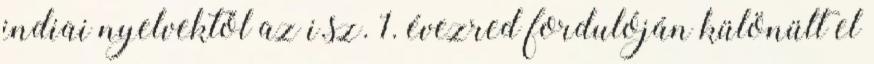
indiai nyelvektől az i.sz. 1. évezred fordulóján különült el